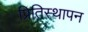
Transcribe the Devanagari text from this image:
प्रितिस्थापन